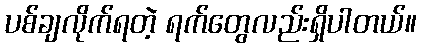
ပစ်ချလိုက်ရတဲ့ ရက်တွေလည်းရှိပါတယ်။